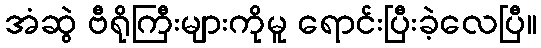
အံဆွဲ ဗီရိုကြီးများကိုမူ ရောင်းပြီးခဲ့လေပြီ။